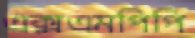
এক্সএমপিপি